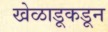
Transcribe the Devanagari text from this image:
खेळाडूकडून